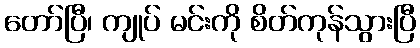
တော်ပြီ၊ ကျုပ် မင်းကို စိတ်ကုန်သွားပြီ